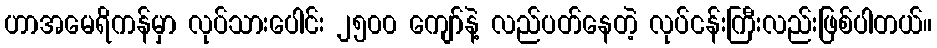
ဟာအမေရိကန်မှာ လုပ်သားပေါင်း ၂၅၀၀ ကျော်နဲ့ လည်ပတ်နေတဲ့ လုပ်ငန်းကြီးလည်းဖြစ်ပါတယ်။